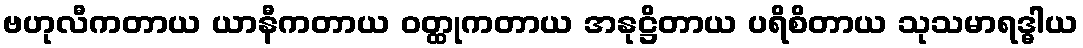
ဗဟုလီကတာယ ယာနီကတာယ ဝတ္ထုကတာယ အနုဋ္ဌိတာယ ပရိစိတာယ သုသမာရဒ္ဓါယ